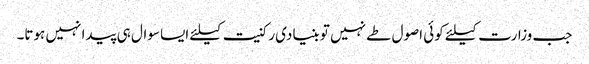
جب وزارت کیلئے کوئی اصول طے نہیں تو بنیادی رکنیت کیلئے ایسا سوال ہی پیدا نہیں ہوتا۔